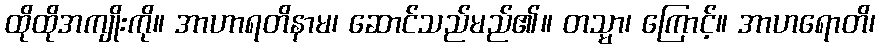
ထိုထိုအကျိုးကို။ အာဟာရတိနာမ၊ ဆောင်သည်မည်၏။ တသ္မာ၊ ကြောင့်။ အာဟရောတိ၊